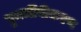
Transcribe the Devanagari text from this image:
पुनर्जीवीकरण